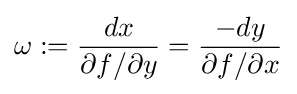
\omega :={\frac {dx}{\partial f/\partial y}}={\frac {-dy}{\partial f/\partial x}}